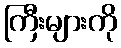
ကြီးများကို